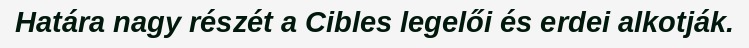
Határa nagy részét a Cibles legelői és erdei alkotják.